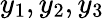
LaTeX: y_{1},y_{2},y_{3}